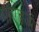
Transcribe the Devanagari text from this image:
पीएंडओ